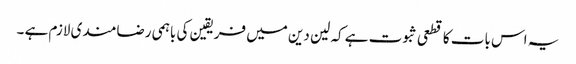
یہ اس بات کا قطعی ثبوت ہے کہ لین دین میں فریقین کی باہمی رضامندی لازم ہے ۔